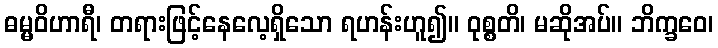
ဓမ္မဝိဟာရီ၊ တရားဖြင့်နေလေ့ရှိသော ရဟန်းဟူ၍။ ဝုစ္စတိ၊ မဆိုအပ်။ ဘိက္ခဝေ၊